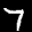
Label: 7